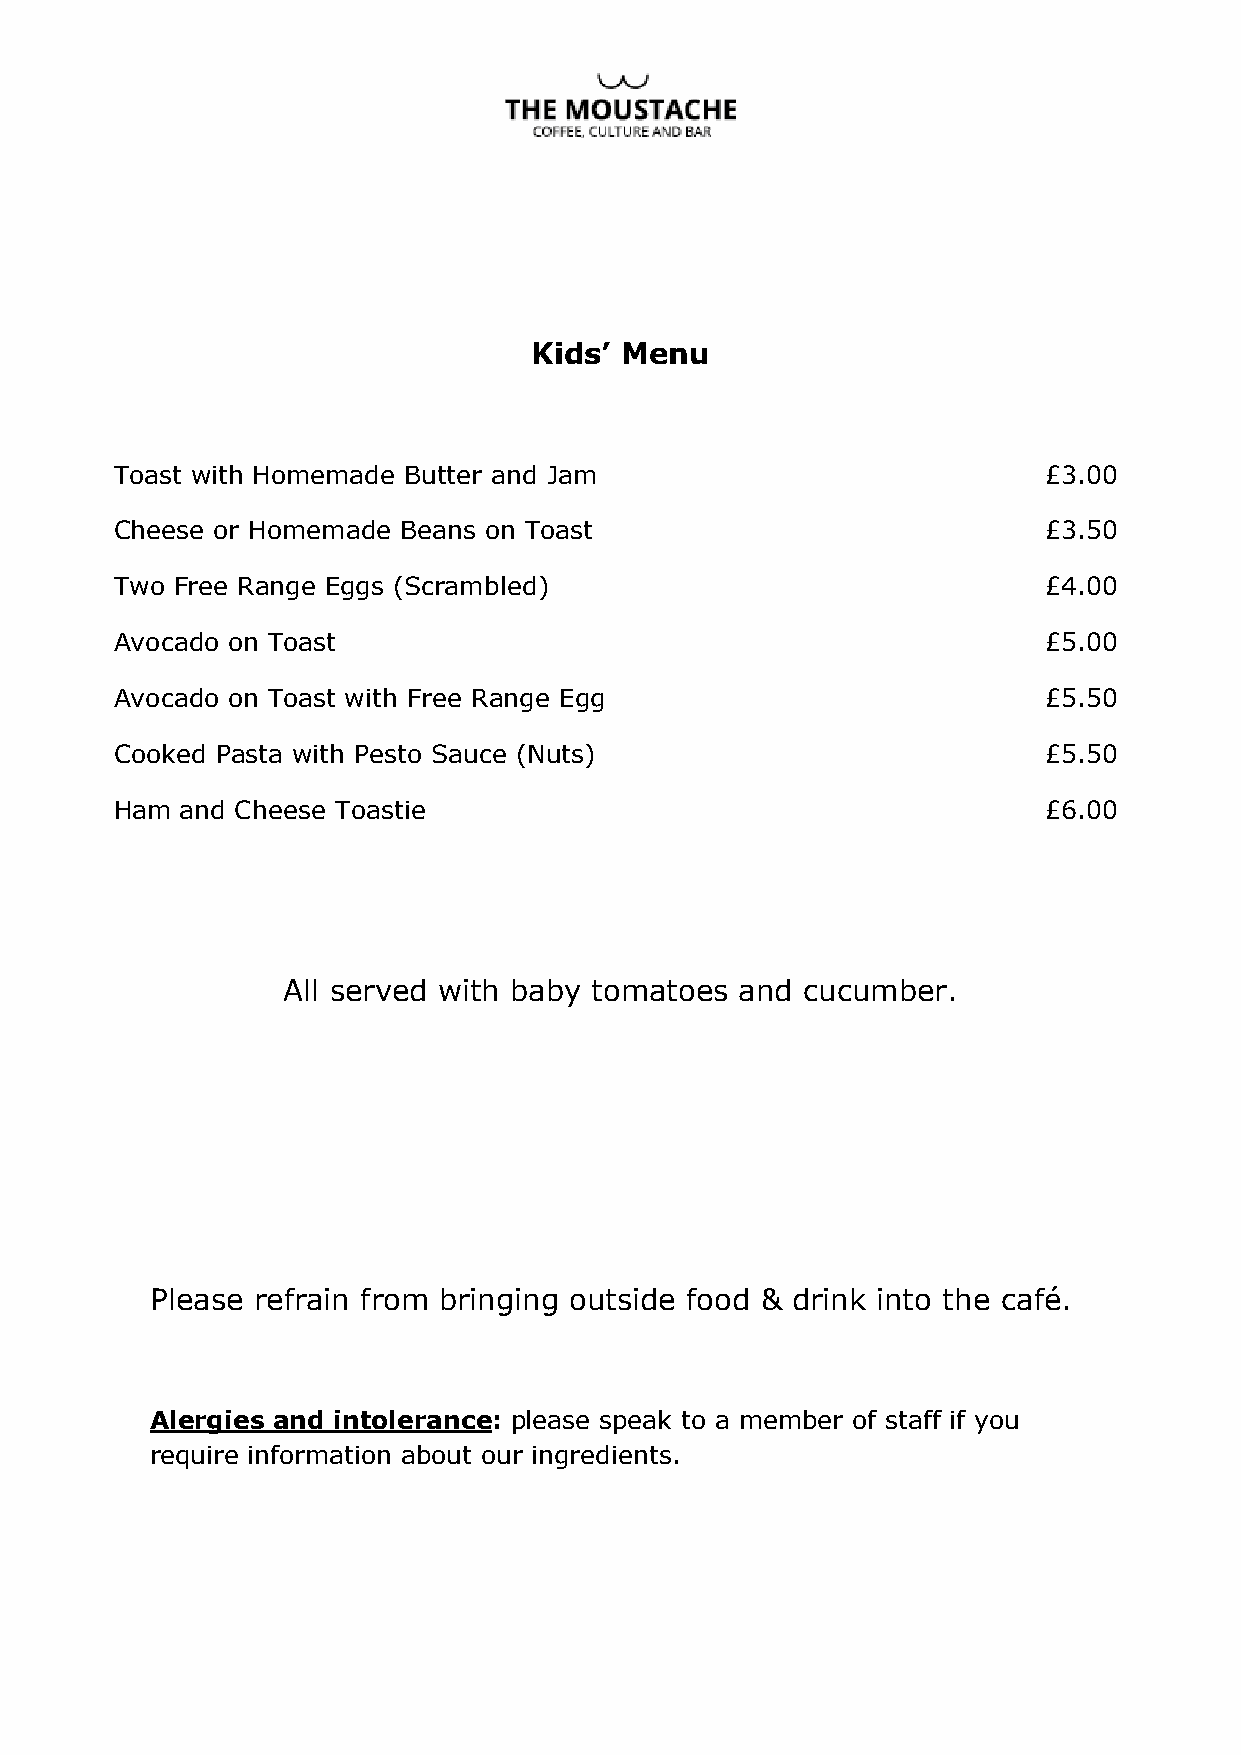
Kids’ Menu
 Toast with Homemade Butter and Jam                           £3.00
 Cheese or Homemade Beans on Toast                            £3.50
 Two Free Range Eggs (Scrambled)                              £4.00
 Avocado on Toast                                             £5.00
 Avocado on Toast with Free Range Egg                         £5.50
 Cooked Pasta with Pesto Sauce (Nuts)                         £5.50
 Ham and Cheese Toastie                                       £6.00
 All served with baby tomatoes and cucumber.
 Please refrain from bringing outside food & drink into the café.
 Alergies and intolerance: please speak to a member of staff if you
 require information about our ingredients.